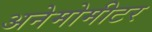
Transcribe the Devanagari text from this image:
अनेमोमीटर